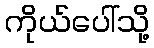
ကိုယ်ပေါ်သို့